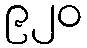
၉၂၀